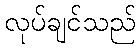
လုပ်ချင်သည်